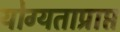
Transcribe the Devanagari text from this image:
योग्यताप्राप्त